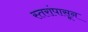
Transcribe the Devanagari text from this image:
स्तरांपासून